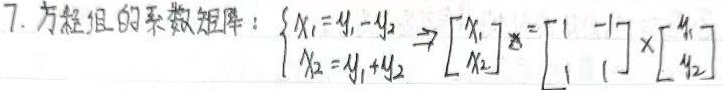
7. 方程组的系数矩阵：
\[
\begin{cases}
x_1 = y_1 - y_2\\
x_2 = y_1 + y_2
\end{cases}
\Rightarrow
\begin{bmatrix}
x_1\\
x_2
\end{bmatrix}
=
\begin{bmatrix}
1& - 1\\
1&1
\end{bmatrix}
\times
\begin{bmatrix}
y_1\\
y_2
\end{bmatrix}
\]